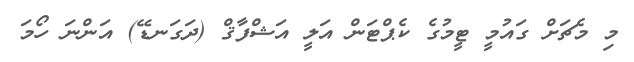
މި މެޗަށް ގައުމީ ޓީމުގެ ކެޕްޓަން އަލީ އަޝްފާޤް (ދަގަނޑޭ) އަންނަ ހޯމަ